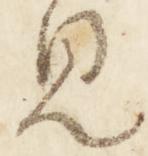
見